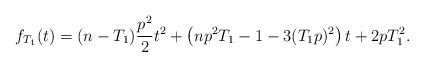
\begin{align*}f_{T_1}(t)= (n-T_1)\frac{p^2}{2}t^2+ \left( np^2 T_1-1- 3 (T_1 p)^2 \right)t + 2pT_1^2 . \end{align*}